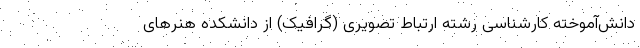
دانش‌آموخته کارشناسی رشته ارتباط تصویری (گرافیک) از دانشکده هنرهای